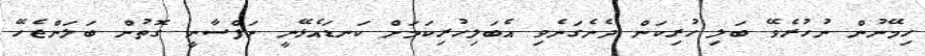
ހިމޭނުން ނުހުރެވޭ ބަލި ހުރިކަން ދެނެގަނެވި އެބަލިހުރިކަމަށް ކަނޑައެޅޭނީ ނަފްސާނީ ގޮތުން ބަލަންޖެހޭ